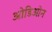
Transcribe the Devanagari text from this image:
ओडिओन